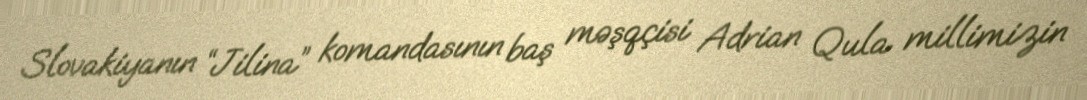
Slovakiyanın “Jilina” komandasının baş məşqçisi Adrian Qula millimizin